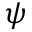
\psi